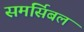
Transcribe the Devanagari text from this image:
समर्सिबल